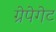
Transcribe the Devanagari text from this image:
ग्रेपेगेट